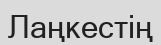
Лаңкестің